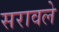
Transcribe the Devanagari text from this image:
सरावले